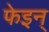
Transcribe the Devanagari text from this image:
फेइन्